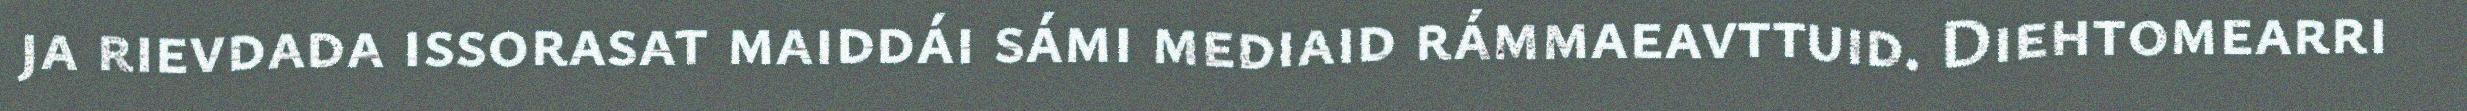
ja rievdada issorasat maiddái sámi mediaid rámmaeavttuid. Diehtomearri